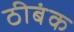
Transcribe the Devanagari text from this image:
ठीबंक